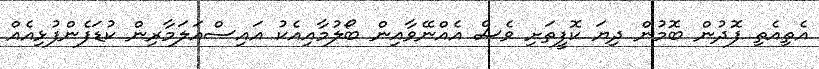
އެތިއެތި ފޮދުން ބޮމުން ދިޔަ ކޮފީތަށި ވެސް އެއްނޭވާއިން ބޯލުމާއިއެކު އައިސްއަލަމާރިން ކުޑަފެންފުޅިއެއް